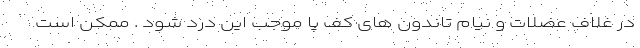
در غلاف عضلات و نیام تاندون های کف پا موجب این درد شود . ممکن است